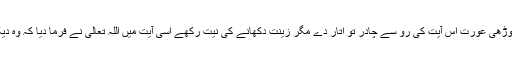
اگر کوئی بوڑھی عورت اس آیت کی رو سے چادر تو اتار دے مگر زینت دکھانے کی نیت رکھے اسی آیت میں اللہ تعالیٰ نے فرما دیا کہ وہ دیکھ رہا ہے۔